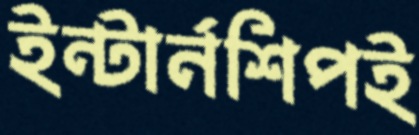
ইন্টার্নশিপই